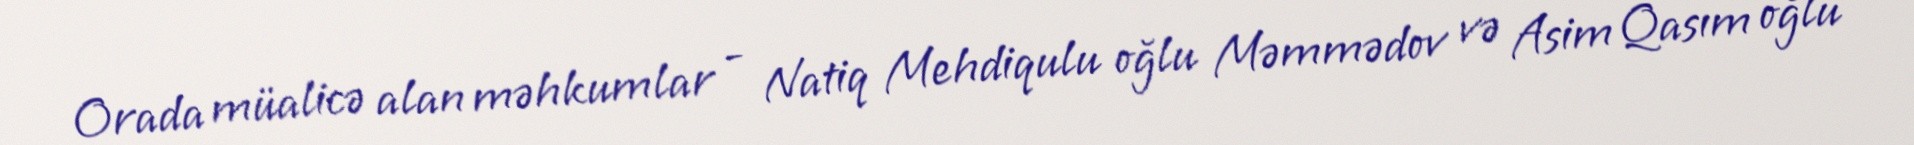
Orada müalicə alan məhkumlar - Natiq Mehdiqulu oğlu Məmmədov və Asim Qasım oğlu